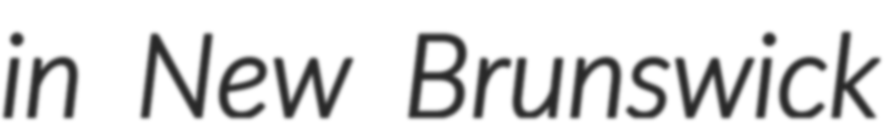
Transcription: in New Brunswick